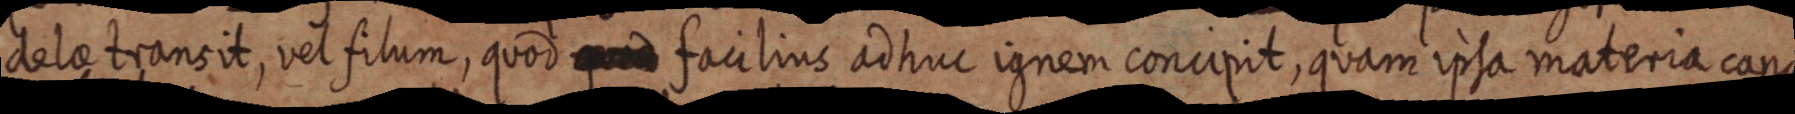
delae transit, vel filum, quod facilius ad huc ignem concipit, quam ipsa materia candel